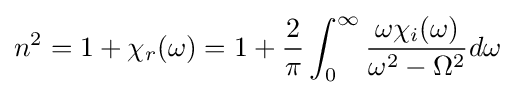
n^{2}=1+\chi _{r}(\omega )=1+{\frac {2}{\pi }}\int _{0}^{\infty }{\frac {\omega \chi _{i}(\omega )}{\omega ^{2}-\Omega ^{2}}}d\omega